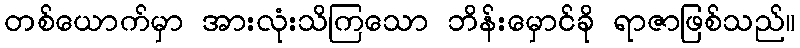
တစ်ယောက်မှာ အားလုံးသိကြသော ဘိန်းမှောင်ခို ရာဇာဖြစ်သည်။